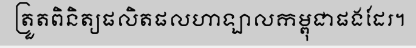
ត្រួតពិនិត្យផលិតផលហាឡាលកម្ពុជាផងដែរ។